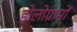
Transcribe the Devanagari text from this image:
होलोग्रामों